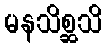
မနသိစ္ဆသိ